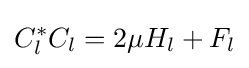
C_{l}^{*}C_{l}=2\mu H_{l}+F_{l}